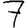
Digit: 7